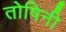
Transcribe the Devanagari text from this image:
तोषिनी